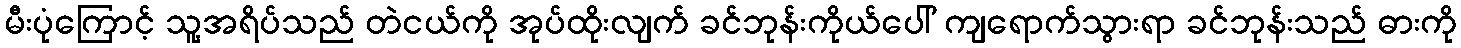
မီးပုံကြောင့် သူ့အရိပ်သည် တဲငယ်ကို အုပ်ထိုးလျက် ခင်ဘုန်းကိုယ်ပေါ် ကျရောက်သွားရာ ခင်ဘုန်းသည် ဓားကို